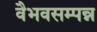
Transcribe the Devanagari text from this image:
वैभवसम्पन्न